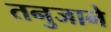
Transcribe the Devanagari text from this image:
तनुजाने